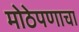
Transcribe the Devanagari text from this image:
मोठेपणाचा